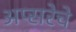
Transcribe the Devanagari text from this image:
अप्सरेचे